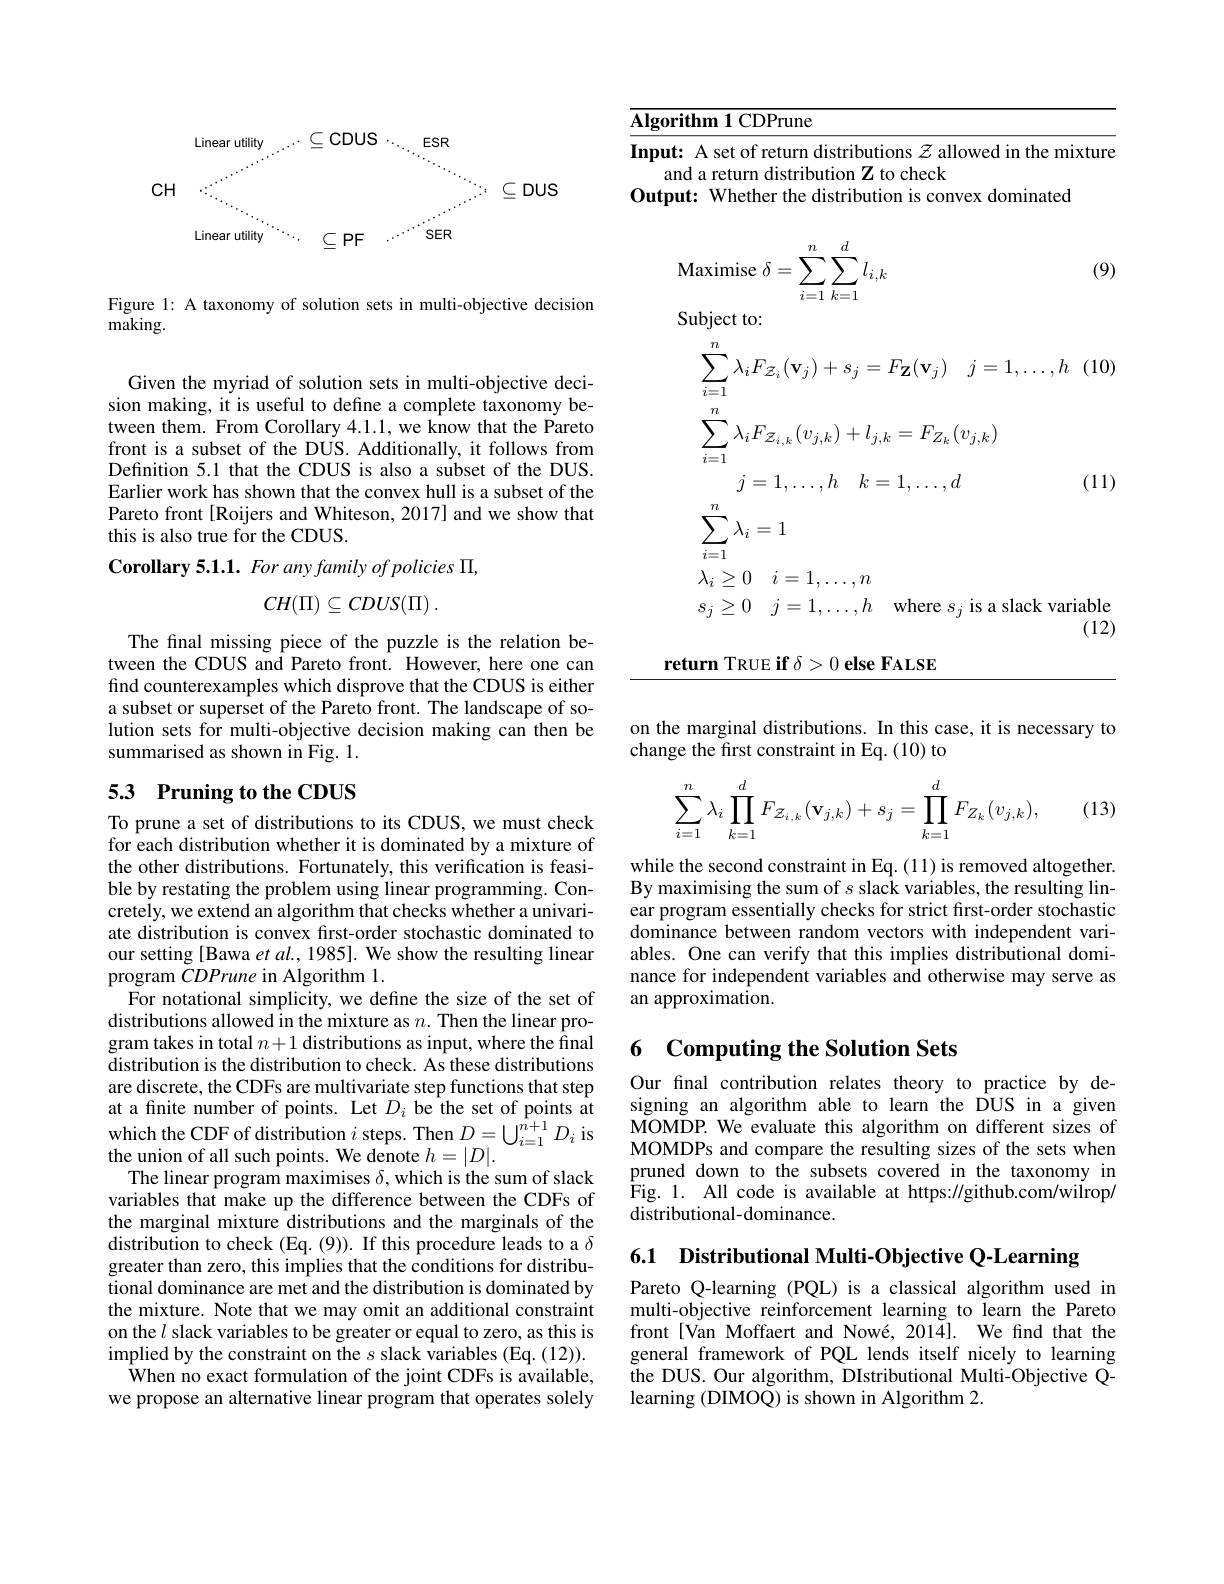
Input: A set of return distributions $z$ allowed in the mixture
and a return distribution Z to check
Output: Whether the distribution is convex dominated

(9)
$$\delta=\sum_{i=1}^n\sum_{k=1}^dl_{i,k}$$
Subject to:
$$\begin{aligned}&\sum_{i=1}^{n}\lambda_{i}F_{Z_{i}}(\mathbf{v}_{j})+s_{j}=F_{\mathbf{Z}}(\mathbf{v}_{j})\quad j=1,\ldots,h\quad(1\\&\sum_{i=1}^{n}\lambda_{i}F_{Z_{i,k}}(v_{j,k})+l_{j,k}=F_{Z_{k}}(v_{j,k})\\&j=1,\ldots,h\quad k=1,\ldots,d&\text{(1}\\&\sum_{i=1}^{n}\lambda_{i}=1\\&\lambda_{i}\geq0\quad i=1,\ldots,n\\&s_{j}\geq0\quad j=1,\ldots,h\quad\mathrm{where~}s_{j}\text{ is a slack variabl}\end{aligned}$$
(12)

return TRUE if $\delta > 0\textbf{else FALSE}$

Linear utility $\therefore C\subseteq$CDUS$\cdot _{\ddots \ddots }$ ESR
$CH$
$\subseteq$DUS
Linear utility
$\because\subseteq$PF$\therefore\cdots^{\cdots}$SER

Figure 1: A taxonomy of solution sets in multi-objective decision
making.

Given the myriad of solution sets in multi-objective decision making, it is useful to define a complete taxonomy between them. From Corollary 4.1.1, we know that the Pareto front is a subset of the DUS. Additionally, it follows from Definition 5.1 that the CDUS is also a subset of the DUS. Earlier work has shown that the convex hull is a subset of the Pareto front [Roijers and Whiteson, 2017] and we show that this is also true for the CDUS.

$\textbf{Corollary 5. 1. 1. For any family of policies , }$
$$CH(\Pi)\subseteq CDUS(\Pi)\:.$$
The final missing piece of the puzzle is the relation between the CDUS and Pareto front. However, here one can find counterexamples which disprove that the CDUS is either a subset or superset of the Pareto front. The landscape of solution sets for multi-objective decision making can then be summarised as shown in Fig. 1.

# 53 Pruning to the CDUS

To prune a set of distributions to its CDUS, we must check for each distribution whether it is dominated by a mixture of the other distributions. Fortunately, this verification is feasible by restating the problem using linear programming. Concretely, we extend an algorithm that checks whether a univariate distribution is convex first-order stochastic dominated to our setting [Bawa et al., 1985]. We show the resulting linear program CDPrune in Algorithm 1.
For notational simplicity, we define the size of the set of distributions allowed in the mixture as $n.$ Then the linear program takes in total $n+ 1\textbf{distributions as input, where the final}$ distribution is the distribution to check. As these distributions are discrete, the CDFs are multivariate step functions that step at a finite number of points. Let $D_i$ be the set of points at which the CDF of distribution $i$ steps. Then $D=\bigcup_i=1^{\hat{n}+1}D_i$ is the union of all such points. We denote $h=|D|.$
The linear program maximises $\delta$, which is the sum of slack variables that make up the difference between the CDFs of the marginal mixture distributions and the marginals of the distribution to check (Eq. (9)). If this procedure leads to a $\delta$ greater than zero, this implies that the conditions for distributional dominance are met and the distribution is dominated by the mixture. Note that we may omit an additional constraint on the $l$ slack variables to be greater or equal to zero, as this is implied by the constraint on the $s$ slack variables (Eq. (12)).
$\hat{\text{When no exact formulation of the joint CDFs is available,}}$ we propose an alternative linear program that operates solely

on the marginal distributions. In this case, it is necessary to
change the first constraint in Eq. (10) to
$$\sum_{i=1}^n\lambda_i\prod_{k=1}^dF_{\mathcal{Z}_{i,k}}(\mathbf{v}_{j,k})+s_j=\prod_{k=1}^dF_{Z_k}(v_{j,k}),$$
(13)

while the second constraint in Eq. (11) is removed altogether. By maximising the sum of $s$ slack variables, the resulting linear program essentially checks for strict frst-order stochastic dominance between random vectors with independent variables. One can verify that this implies distributional dominance for independent variables and otherwise may serve as an approximation.

## 6 Computing the Solution Sets

Our final contribution relates theory to practice by designing an algorithm able to learn the DUS in a given MOMDP. We evaluate this algorithm on different sizes of MOMDPs and compare the resulting sizes of the sets when pruned down to the subsets covered in the taxonomy in $\hat{F}$ig. 1. All code is available at https: / / github. com/ wilrop/ distributional-dominance.

6.1 Distributional Multi-Objective Q-Learning

Pareto Q-learning (PQL) is a classical algorithm used in multi-objective reinforcement learning to learn the Pareto front[Van Moffaert and Nowé, 2014]. We find that the general framework of PQL lends itself nicely to learning the DUS. Our algorithm, DIstributional Multi-Objective Qlearning (DIMOQ) is shown in Algorithm 2.